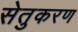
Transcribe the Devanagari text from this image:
सेतुकरण